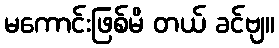
မကောင်းဖြစ်မိ တယ် ခင်ဗျ။